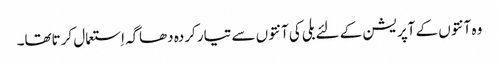
وہ آنتوں کے آپریشن کے لئے بلی کی آنتوں سے تیار کردہ دھاگہ اِستعمال کرتاتھا۔